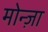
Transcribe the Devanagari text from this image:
मोन्ज़ा